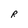
Character: R